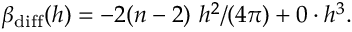
\beta _ { \mathrm { d i f f } } ( h ) = - 2 ( n - 2 ) ~ h ^ { 2 } / ( 4 \pi ) + 0 \cdot h ^ { 3 } .